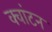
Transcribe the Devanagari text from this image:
क्वांटन